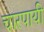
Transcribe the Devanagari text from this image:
चारपायी